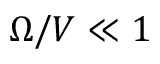
\Omega / V \ll 1